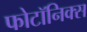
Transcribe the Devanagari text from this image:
फोटॉनिक्‍स